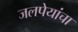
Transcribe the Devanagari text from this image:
जलपेयांचा